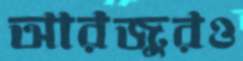
আরজুরও